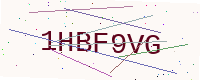
Text: 1HBF9VG